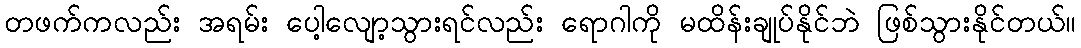
တဖက်ကလည်း အရမ်း ပေါ့လျော့သွားရင်လည်း ရောဂါကို မထိန်းချုပ်နိုင်ဘဲ ဖြစ်သွားနိုင်တယ်။